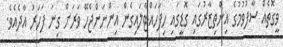
ވީގޮތެއް ސާފުވުމުގެ އިންތިޒާރުގައި ގޮޑީގައި ހިފަހައްޓާލައިގެން އިންނަންޖެހޭ ވަރަށް ގިނަ ފަހަރު އާދެއެވެ.